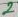
Text: 2